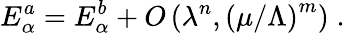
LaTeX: E_{\alpha}^{a}=E_{\alpha}^{b}+O\left(\lambda^{n},\left({\mu/\Lambda}\right)^{m}\right)\; .